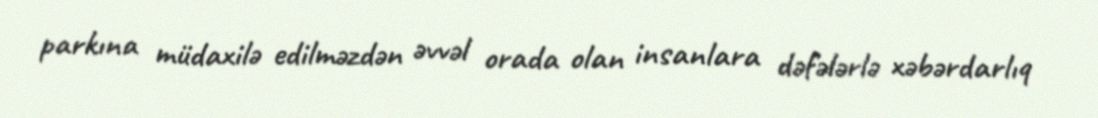
parkına müdaxilə edilməzdən əvvəl orada olan insanlara dəfələrlə xəbərdarlıq